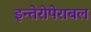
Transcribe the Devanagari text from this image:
इन्तेरोपेराबल